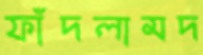
ফাঁদলামদ